Report on vaccination in Madras 1895-1903 - 1895-1903
Year: 1895
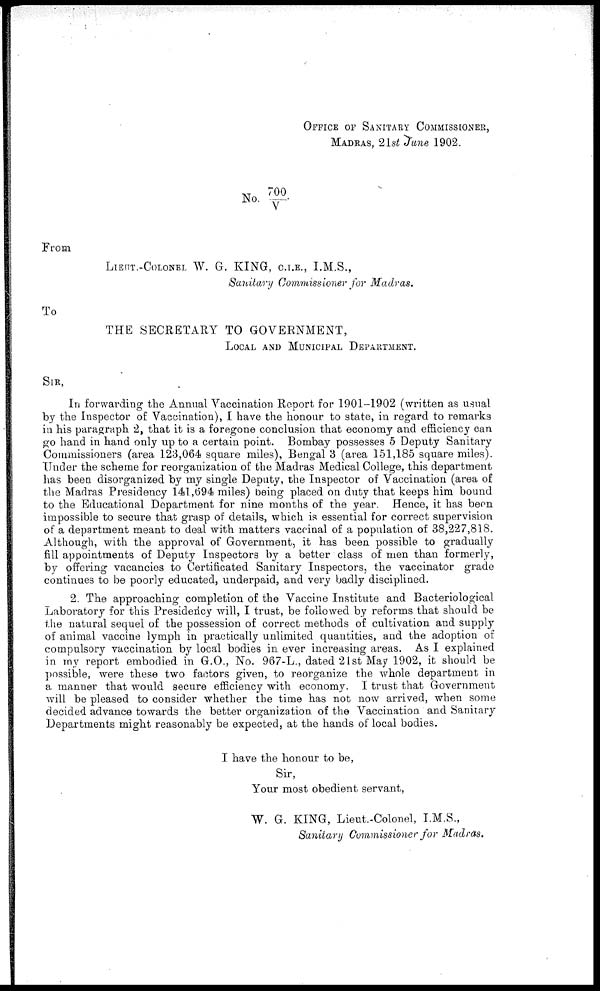
OFFICE OF SANITARY COMMISSIONER,
MADRAS, 21st June 1902.
No. 700/V.
From
LIEUT.-COLONEL W. G. KING, C.I.E., I.M.S.,
Sanitary Commissioner for Madras.
To
THE SECRETARY TO GOVERNMENT,
LOCAL AND MUNICIPAL DEPARTMENT.
SIR,
In forwarding the Annual Vaccination Report for 1901-1902 (written as usual
by the Inspector of Vaccination), I have the honour to state, in regard to remarks
in his paragraph 2, that it is a foregone conclusion that economy and efficiency can
go hand in hand only up to a certain point. Bombay possesses 5 Deputy Sanitary
Commissioners (area 123,064 square miles), Bengal 3 (area 151,185 square miles).
Under the scheme for reorganization of the Madras Medical College, this department
has been disorganized by my single Deputy, the Inspector of Vaccination (area of
the Madras Presidency 141,694 miles) being placed on duty that keeps him bound
to the Educational Department for nine months of the year. Hence, it has been
impossible to secure that grasp of details, which is essential for correct supervision
of a department meant to deal with matters vaccinal of a population of 38,227,818.
Although, with the approval of Government, it has been possible to gradually
fill appointments of Deputy Inspectors by a better class of men than formerly,
by offering vacancies to Certificated Sanitary Inspectors, the vaccinator grade
continues to be poorly educated, underpaid, and very badly disciplined.
2. The approaching completion of the Vaccine Institute and Bacteriological
Laboratory for this Presidency will, I trust, be followed by reforms that should be
the natural sequel of the possession of correct methods of cultivation and supply
of animal vaccine lymph in practically unlimited quantities, and the adoption of
compulsory vaccination by local bodies in ever increasing areas. As I explained
in my report embodied in G.O., No. 967-L., dated 21st May 1902, it should be
possible, were these two factors given, to reorganize the whole department in
a manner that would secure efficiency with economy. I trust that Government
will be pleased to consider whether the time has not now arrived, when some
decided advance towards the better organization of the Vaccination and Sanitary
Departments might reasonably be expected, at the hands of local bodies.
I have the honour to be,
Sir,
Your most obedient servant,
W. G. KING, Lieut.-Colonel, I.M.S.,
Sanitary Commissioner for Madras.